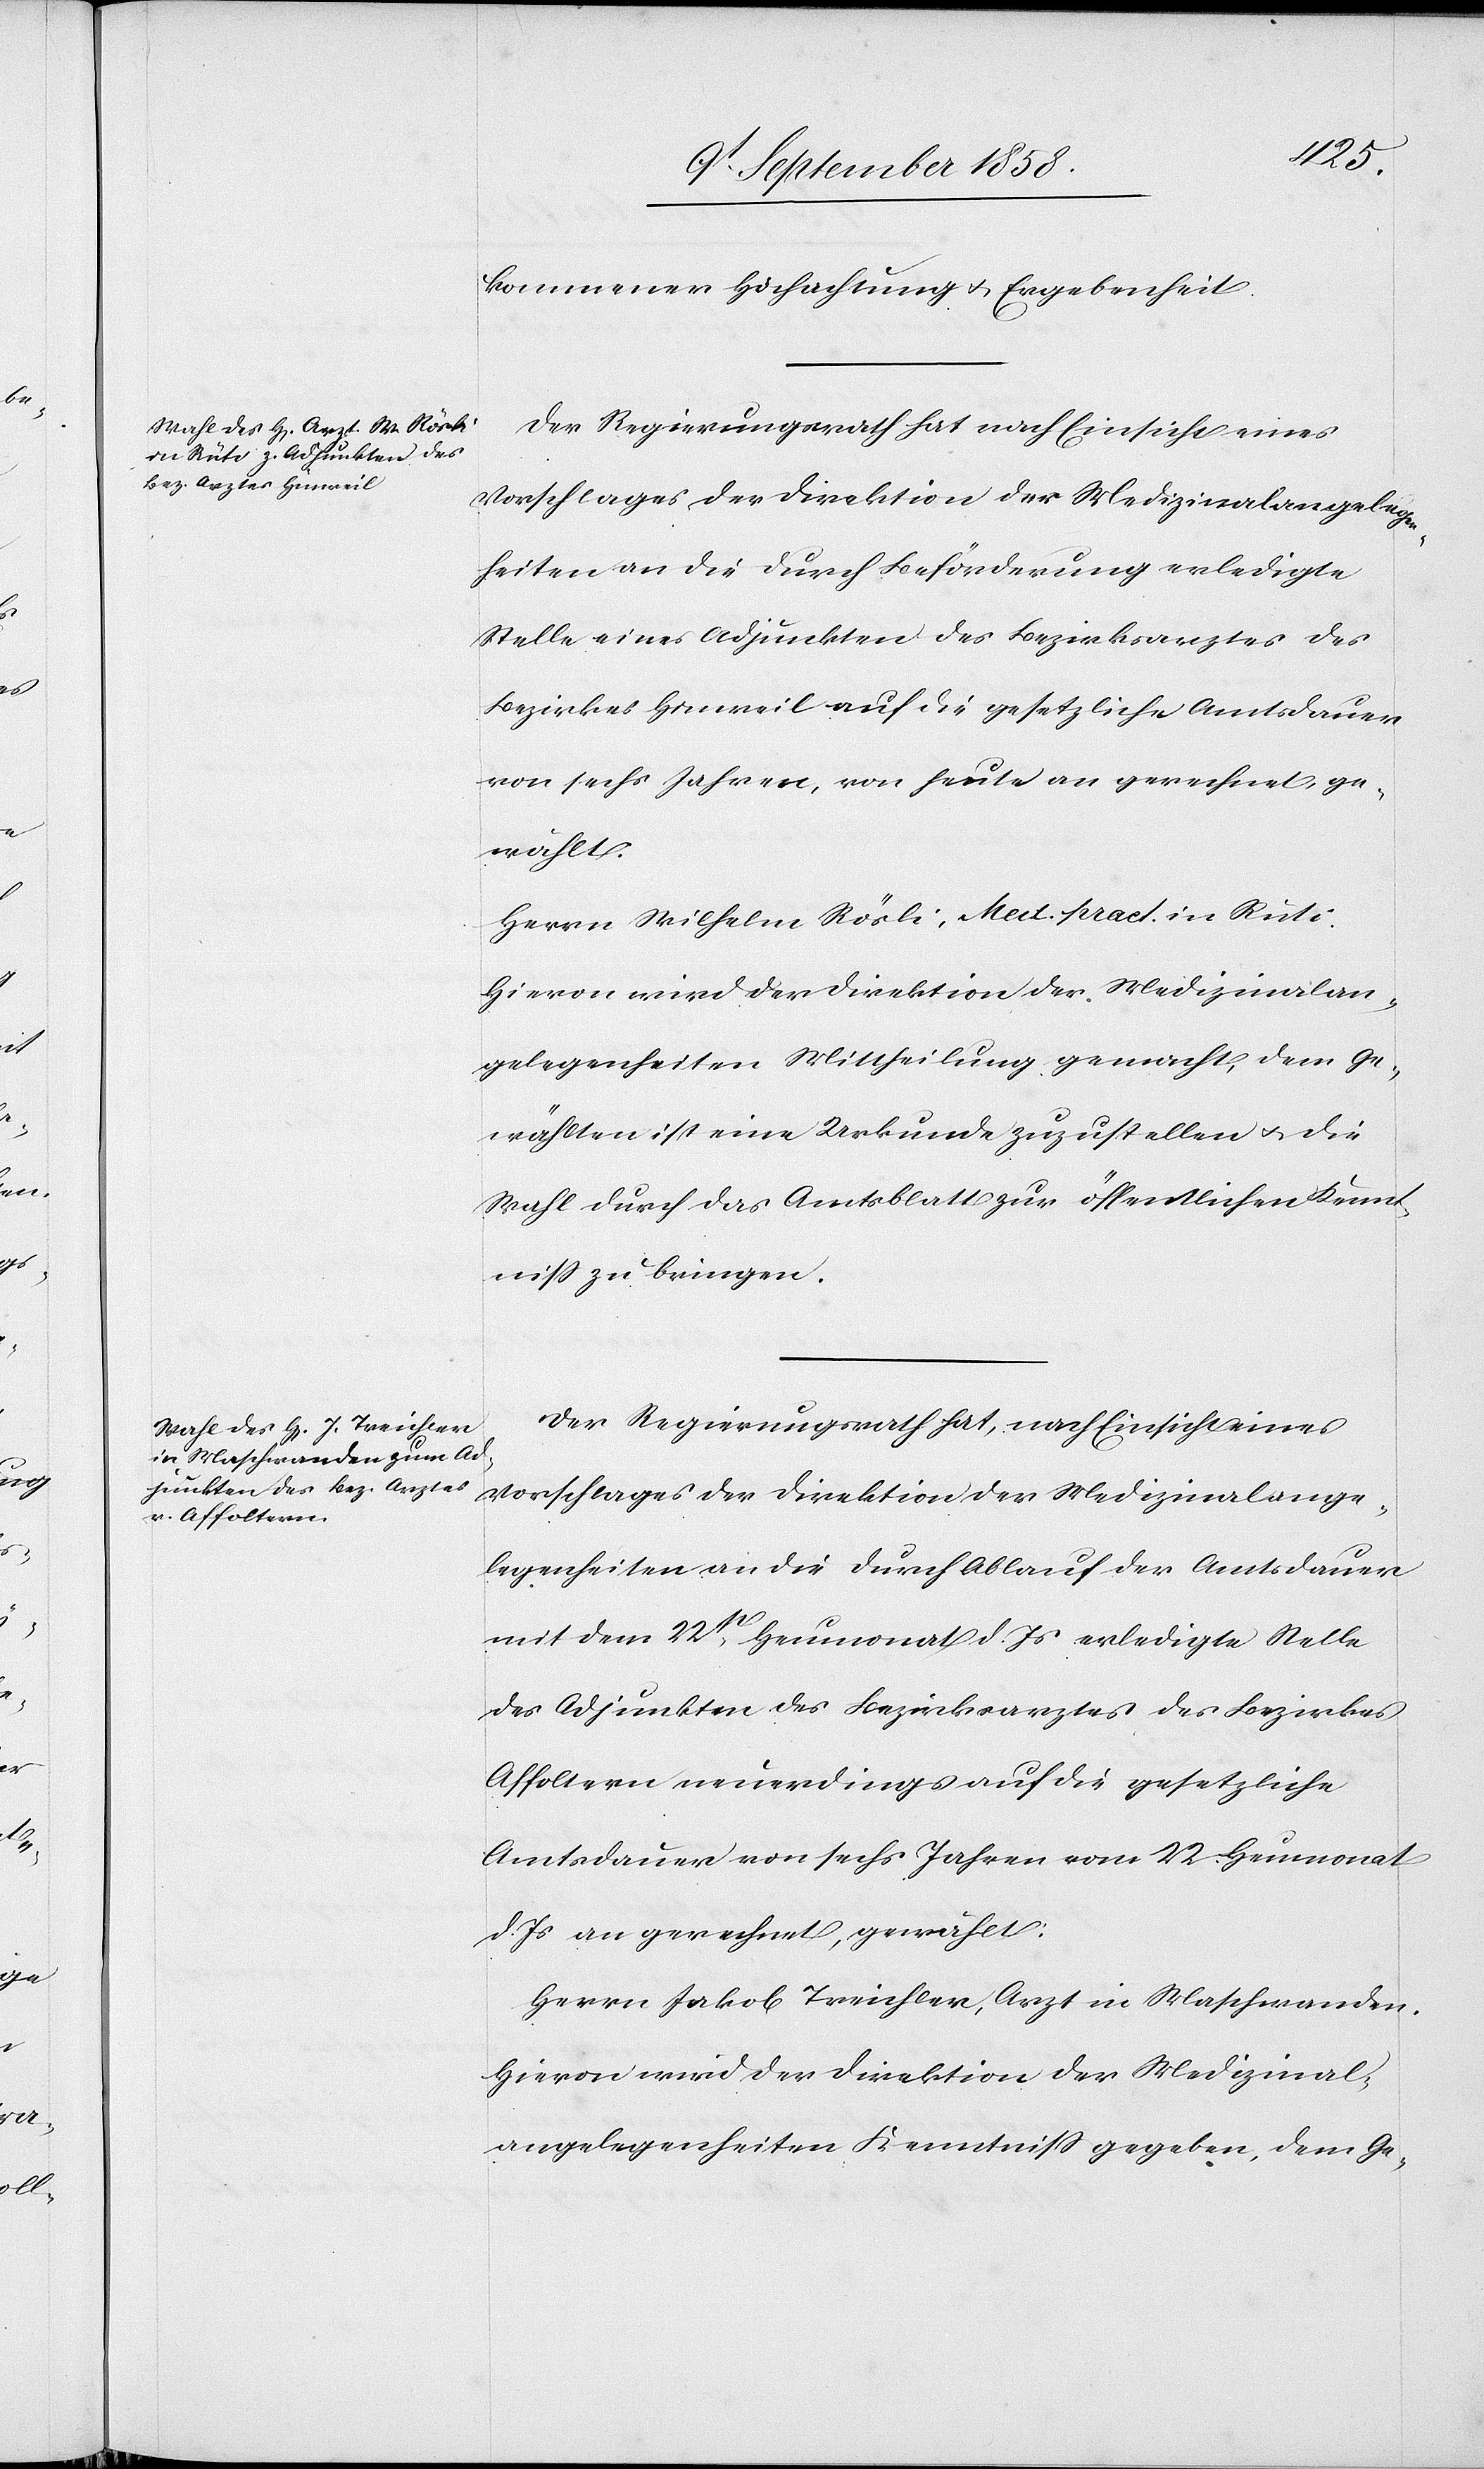
kommener Hochachtung & Ergebenheit.
Der Regierungsrath hat nach Einsicht eines
Vorschlages der Direktion der Medizinalangelegen¬
heiten an die durch Beförderung erledigte
Stelle eines Adjunkten des Bezirksarztes des
Bezirkes Hinweil auf die gesetzliche Amtsdauer
von sechs Jahren, von heute an gerechnet, ge¬
wählt:
Herrn Wilhelm Rösli, Med. pract. in Rüti.
Hievon wird der Direktion der Medizinalan¬
gelegenheiten Mittheilung gemacht, dem Ge¬
wählten ist eine Urkunde zuzustellen & die
Wahl durch das Amtsblatt zur öffentlichen Kennt¬
niss zu bringen.
Der Regierungsrath hat, nach Einsicht eines
Vorschlages der Direktion der Medizinalange¬
legenheiten an die durch Ablauf der Amtsdauer
mit dem 22st. Heumonat d. Js erledigte Stelle
des Adjunkten des Bezirksarztes des Bezirkes
Affoltern neuerdings auf die gesetzliche
Amtsdauer von sechs Jahren vom 22. Heumonat
d. Js an gerechnet, gewählt:
Herrn Jakob Treichler, Arzt in Maschwanden.
Hievon wird der Direktion der Medizinal¬
angelegenheiten Kenntniss gegeben, dem Ge-